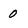
Character: 0